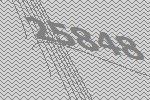
25848